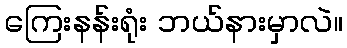
ကြေးနန်းရုံး ဘယ်နားမှာလဲ။